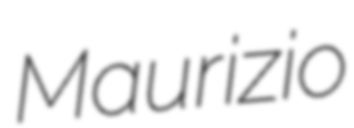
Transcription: Maurizio